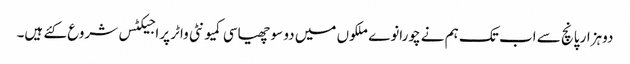
دوہزار پانچ سے اب تک ہم نے چورانوے ملکوں میں دو سو چھیاسی کمیونٹی واٹر پراجیکٹس شروع کئے ہیں۔